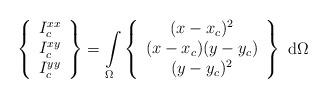
LaTeX: \begin{align*}\left\{ \begin{array}{c} I_c^{xx} \\ I_c^{xy} \\ I_c^{yy} \end{array} \right\} = \int\limits_\Omega \left\{ \begin{array}{c} (x-x_c)^2 \\ (x-x_c)(y-y_c) \\ (y-y_c)^2 \end{array} \right\}~\mathrm{d}\Omega\end{align*}